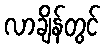
လာချိန်တွင်